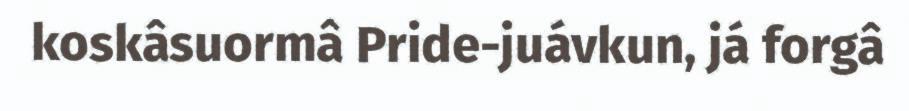
koskâsuormâ Pride-juávkun, já forgâ